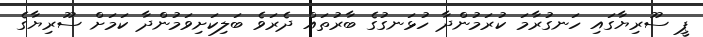
ޕީ ސޫރިޔާގައި ހަނގުރާމަ ކުރަމުންދާ ހުޅަނގުގެ ބާރުތައް ދެރަވެ ބަލިކަށިވަމުންދާ ކަމަށް ސޫރިޔާގެ